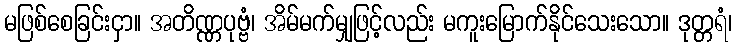
မဖြစ်စေခြင်းငှာ။ အတိဏ္ဏပုဗ္ဗံ၊ အိမ်မက်မျှဖြင့်လည်း မကူးမြောက်နိုင်သေးသော။ ဒုတ္တရံ၊